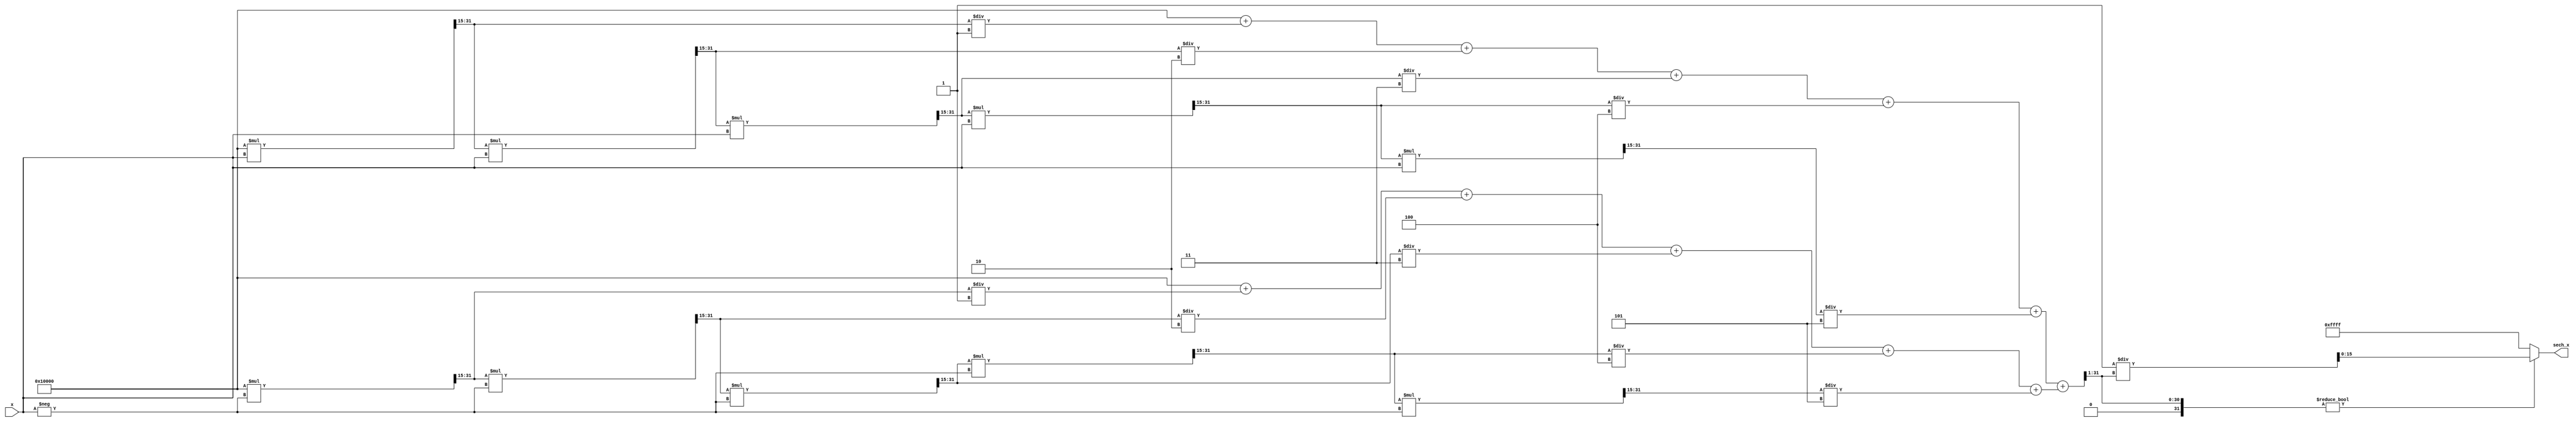
module hyperbolic_secant (
    input wire [15:0] x,        // Fixed-point input (e.g., Q1.15 format)
    output reg [15:0] sech_x    // Fixed-point output (e.g., Q1.15 format)
);

    // Parameters for approximation
    parameter INTEGER_BITS = 1; // Number of integer bits in Q1.15
    parameter FRACTION_BITS = 15; // Number of fractional bits in Q1.15
    parameter COSH_SCALE = 16'h0001; // Scaling factor for cosh output

    // Intermediate variables for cosh computation
    reg [31:0] exp_x;
    reg [31:0] exp_neg_x;
    reg [31:0] cosh_x;

    // Compute e^x and e^-x using a simple approximation for fixed-point
    function [31:0] exp_func(input [15:0] value);
        // Taylor series expansion for e^x (up to x^5 for simplicity)
        reg [31:0] result;
        reg [31:0] term;
        integer i;
        begin
            result = 32'h00010000; // e^0 = 1.0 in fixed-point
            term = 32'h00010000;    // 1.0 in fixed-point
            
            for (i = 1; i <= 5; i = i + 1) begin
                term = (term * value) >> FRACTION_BITS; // value^i / i!
                result = result + term / i; // add term to result
            end
            
            exp_func = result;
        end
    endfunction

    // Compute cosh(x) = (e^x + e^-x) / 2
    always @(*) begin
        exp_x = exp_func(x);
        exp_neg_x = exp_func(-x);
        cosh_x = (exp_x + exp_neg_x) >> 1; // Divide by 2
        
        // Compute sech(x) = 1 / cosh(x)
        if (cosh_x != 0) begin
            sech_x = COSH_SCALE / cosh_x; // Scale according to fixed-point format
        end else begin
            sech_x = 16'hFFFF; // Handle division by zero (e.g., set to maximum value)
        end
    end

endmodule